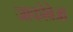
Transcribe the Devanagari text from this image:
जाकोबेआ